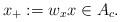
LaTeX: \begin{align*}x_+:=w_x x \in A_c.\end{align*}